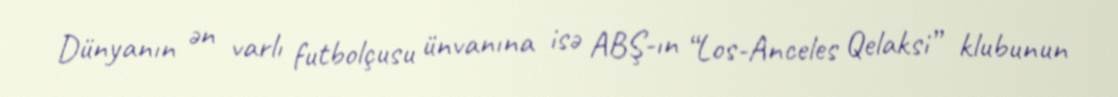
Dünyanın ən varlı futbolçusu ünvanına isə ABŞ-ın “Los-Anceles Qelaksi” klubunun